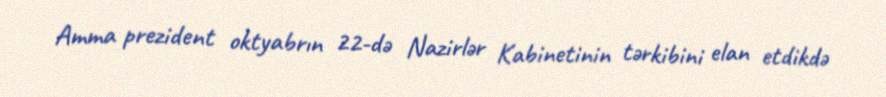
Amma prezident oktyabrın 22-də Nazirlər Kabinetinin tərkibini elan etdikdə